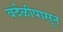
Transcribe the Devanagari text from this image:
वर्दळीपासून